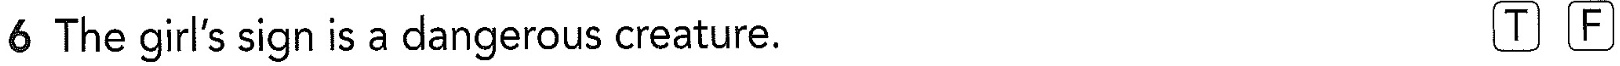
6 The girl's sign is a dangerous creature. TF